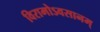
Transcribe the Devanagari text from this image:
विरामोऽवसानम्